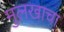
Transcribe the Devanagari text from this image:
मुलखाचा